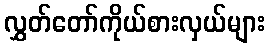
လွှတ်တော်ကိုယ်စားလှယ်များ